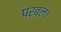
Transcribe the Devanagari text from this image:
प्रबल।